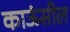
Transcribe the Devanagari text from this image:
काऊंसील